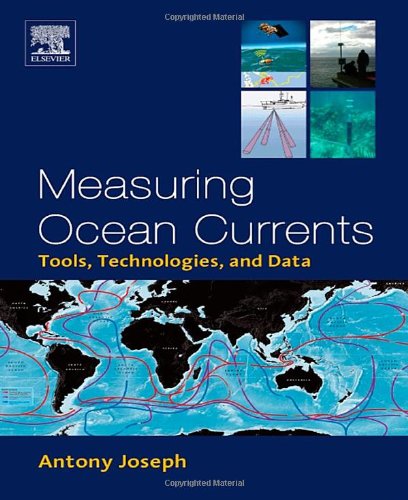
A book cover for Measuring Ocean Currents: Tools, Technologies, and Data; Antony Joseph; Science & Math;